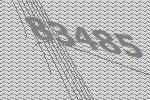
83485